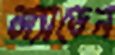
জ্যাডেন